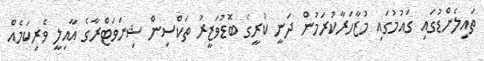
ތައިލެންޑުގައި ގައުމުގައި މުޒާހަރާކުރަމުން ދަނީ ކުރީގެ ބޮޑުވަޒީރު ތަކްސިން ޝިނަވަޓްރާގެ އާއިލީ ވެރިކަމެއް